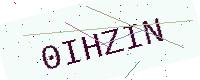
Text: 0IHZIN